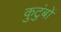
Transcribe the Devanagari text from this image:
कुटुंबों